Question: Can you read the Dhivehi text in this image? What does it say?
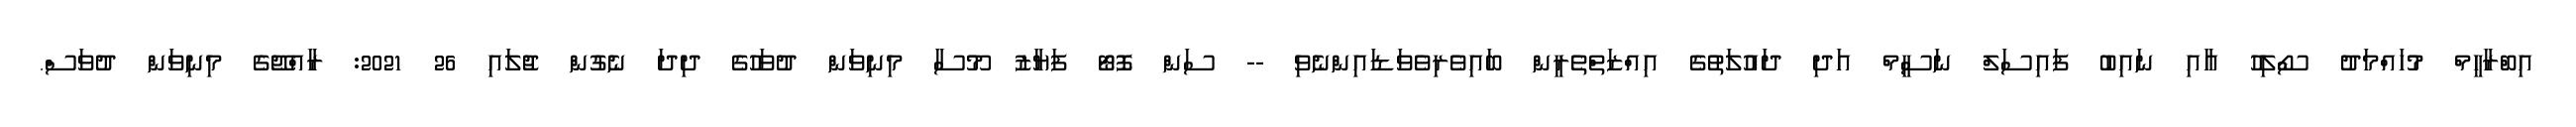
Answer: އިބްރާހީމް މުހައްމަދު ސޯލިހު އާއި ނައިބު ފައިސަލް ނަސީމް އަދި ދައުލަތުގެ އިއްޒަތްތެރީން ބައިވެރިވެވަޑައިންނެވި -- ސަން ފޮޓޯ ފަޔާޒު މޫސާ މިނިވަން ދުވަހުގެ ދިދަ ނެގުން ޖުލައި 26 2021: ރާއްޖޭގެ މިނިވަން ދުވަސް.